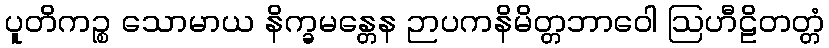
ပူတိကဉ္စ သောမာယ နိက္ခမန္တေန ဉာပကနိမိတ္တဘာဝေါ ဩဟီဠိတတ္တံ